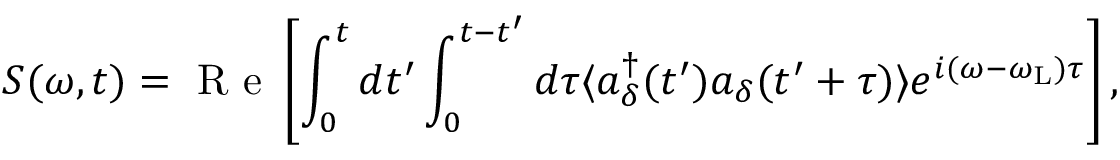
S ( \omega , t ) = \mathrm { ~ R ~ e ~ } \left[ \int _ { 0 } ^ { t } d t ^ { \prime } \int _ { 0 } ^ { t - t ^ { \prime } } d \tau \langle a _ { \delta } ^ { \dagger } ( t ^ { \prime } ) a _ { \delta } ( t ^ { \prime } + \tau ) \rangle e ^ { i ( \omega - \omega _ { \mathrm { L } } ) \tau } \right] ,